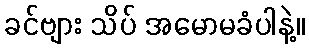
ခင်ဗျား သိပ် အမောမခံပါနဲ့။